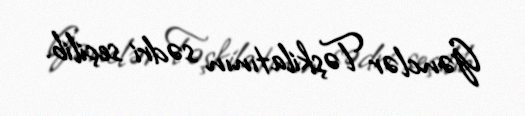
Gənclər Təşkilatının sədri seçilib.